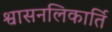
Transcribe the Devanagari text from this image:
श्वासनलिकार्ति